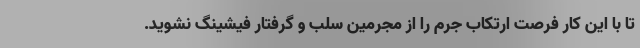
تا با این کار فرصت ارتکاب جرم را از مجرمین سلب و گرفتار فیشینگ نشوید.